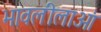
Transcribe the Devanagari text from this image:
भावलीलाओं